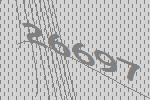
26697